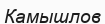
Камышлов